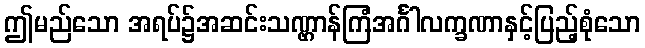
ဤမည်သော အရပ်၌အဆင်းသဏ္ဌာန်ကြံအင်္ဂါလက္ခဏာနှင့်ပြည့်စုံသော